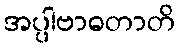
အပ္ပါဗာဓတာတိ